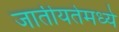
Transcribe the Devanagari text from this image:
जातीयतेमध्ये